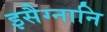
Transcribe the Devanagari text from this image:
इसैग्नानि